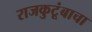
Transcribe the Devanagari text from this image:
राजकुटूंबाचा